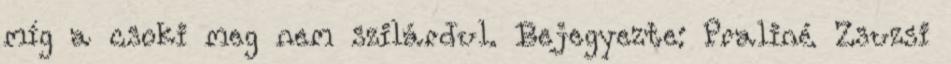
míg a csoki meg nem szilárdul. Bejegyezte: Praliné Zsuzsi